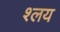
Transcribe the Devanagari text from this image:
श्लय